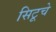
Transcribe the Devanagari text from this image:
सिटूचे